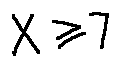
X \geq 7